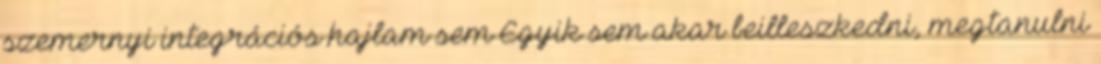
szemernyi integrációs hajlam sem Egyik sem akar beilleszkedni, megtanulni